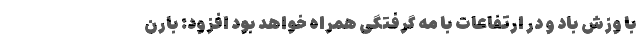
با وزش باد و در ارتفاعات با مه گرفتگی همراه خواهد بود افزود: بارن